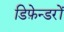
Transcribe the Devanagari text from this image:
डिफ़ेन्डरों